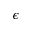
\epsilon